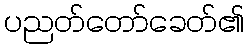
ပညတ်တော်ခေတ်၏